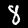
Digit: 8